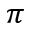
\pi